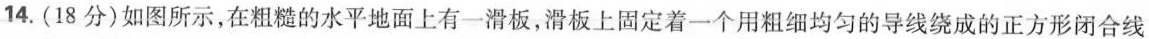
14.(18分)如图所示，在粗糙的水平地面上有一滑板，滑板上固定着一个用粗细均匀的导线绕成的正方形闭合线